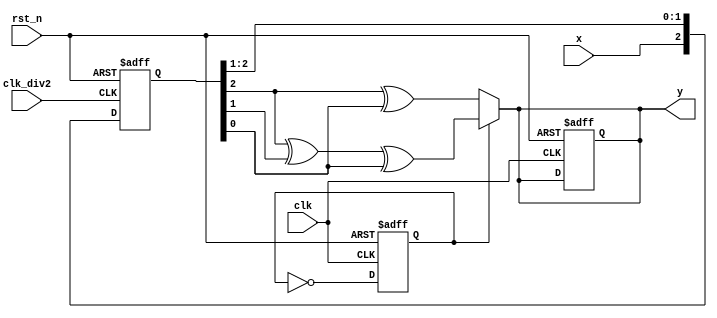
module conv_encoder(
    input clk,
    input clk_div2,
    input x,
    input rst_n,
    output reg y
);

reg [2:0] regs;
reg status;

always @(posedge clk_div2, negedge rst_n) begin
    if (!rst_n) begin
        regs <= 0;
    end else begin
        regs <= {x, regs[2:1]};
    end
end

always @(posedge clk, negedge rst_n) begin
    if (!rst_n) begin
        status <= 1;
        y <= 0;
    end else begin
        status <= ~status;
    end
end

always @(*) begin
    if (status) begin
        y <= regs[2] ^ regs[1] ^ regs[0];
    end else begin
        y <= regs[2] ^ regs[0];
    end
end

endmodule